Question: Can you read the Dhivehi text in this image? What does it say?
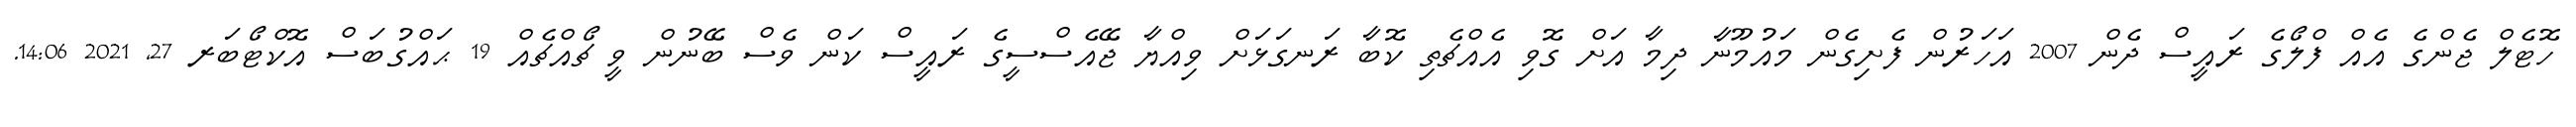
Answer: ހޮޓެލް ޖެންގެ އެއް ފްލޯގެ ރައީސް ދެން 2007 އަހަރުން ފެށިގެން މައުމޫނާ ދިމާ އަށް ގޮވި އެއްޗެތި ކޮބާ ރަނގަޅަށް ވިއްޔާ ޖޭއެސްސީގެ ރައީސް ކަން ވެސް ބޭނުން ވީ ޗޯއްޗެއް 19 ޙައްގުބަސް އޮކްޓޯބަރ 27, 2021 14:06.